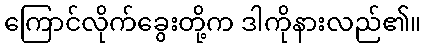
ကြောင်လိုက်ခွေးတို့က ဒါကိုနားလည်၏။